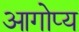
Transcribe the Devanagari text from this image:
आगोप्य